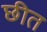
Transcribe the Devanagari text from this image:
छीत